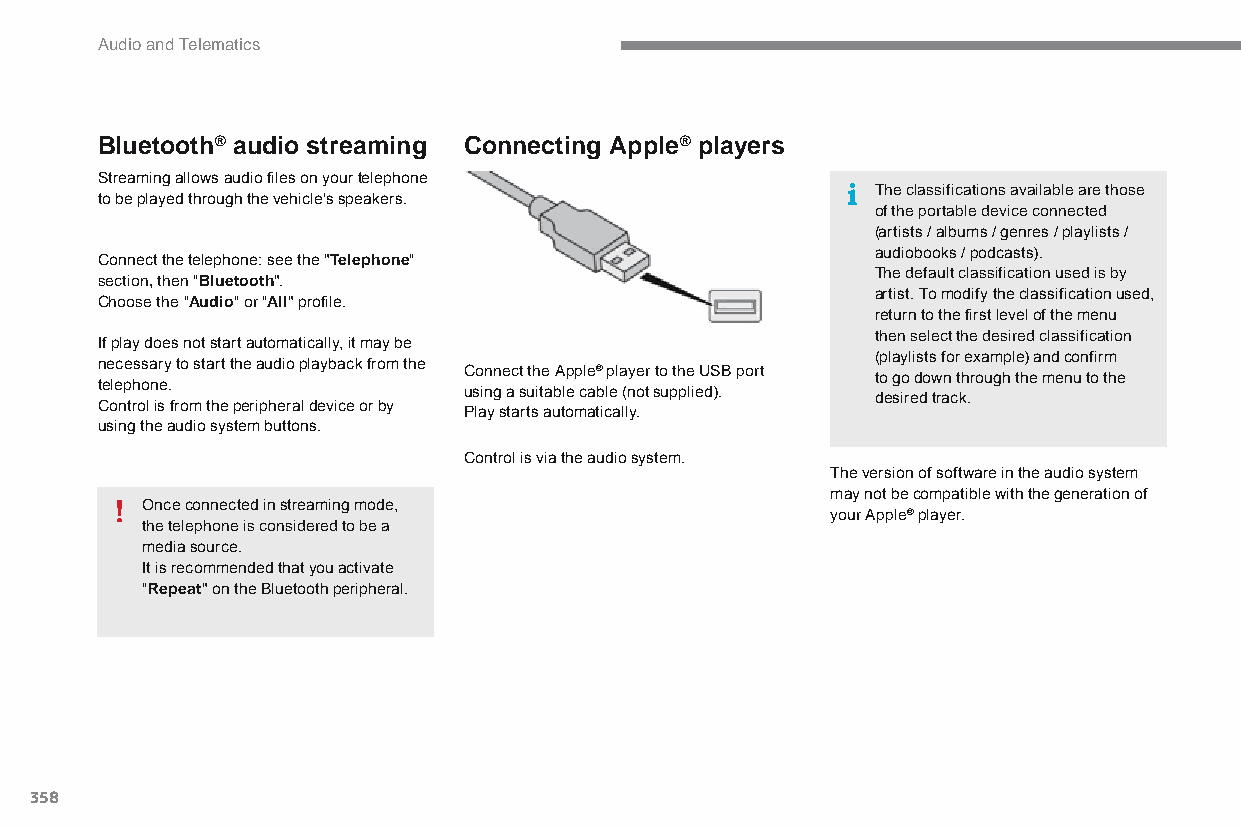
Audio and Telematics
 Bluetooth® audio streaming Connecting Apple® players
 Streaming allows audio files on your telephone
 The classifications available are those
 to be played through the vehicle's speakers.
 of the portable device connected
 (artists / albums / genres / playlists /
 audiobooks / podcasts).
 Connect the telephone: see the "Telephone"
 The default classification used is by
 section, then "Bluetooth".
 artist. To modify the classification used,
 Choose the "Audio" or "All" profile.
 return to the first level of the menu
 then select the desired classification
 If play does not start automatically, it may be
 (playlists for example) and confirm
 necessary to start the audio playback from the Connect the apple® player to the USb port
 to go down through the menu to the
 telephone.
 using a suitable cable (not supplied).
 desired track.
 Control is from the peripheral device or by
 Play starts automatically.
 using the audio system buttons.
 Control is via the audio system.
 The version of software in the audio system
 may not be compatible with the generation of
 Once connected in streaming mode,
 your apple® player.
 the telephone is considered to be a
 media source.
 It is recommended that you activate
 "Repeat" on the Bluetooth peripheral.
 358
 C4-Picasso-II_en_Chap10b_SMEGplus_ed01-2015